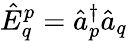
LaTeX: \hat{E}_{q}^{p}=\hat{a}_{p}^{\dagger}\hat{a}_{q}